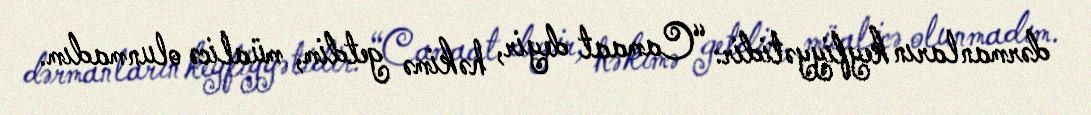
dərmanların keyfiyyətidir: “Camaat deyir, həkimə getdim, müalicə olunmadım.